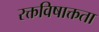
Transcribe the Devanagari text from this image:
रक्तविषाक्तता